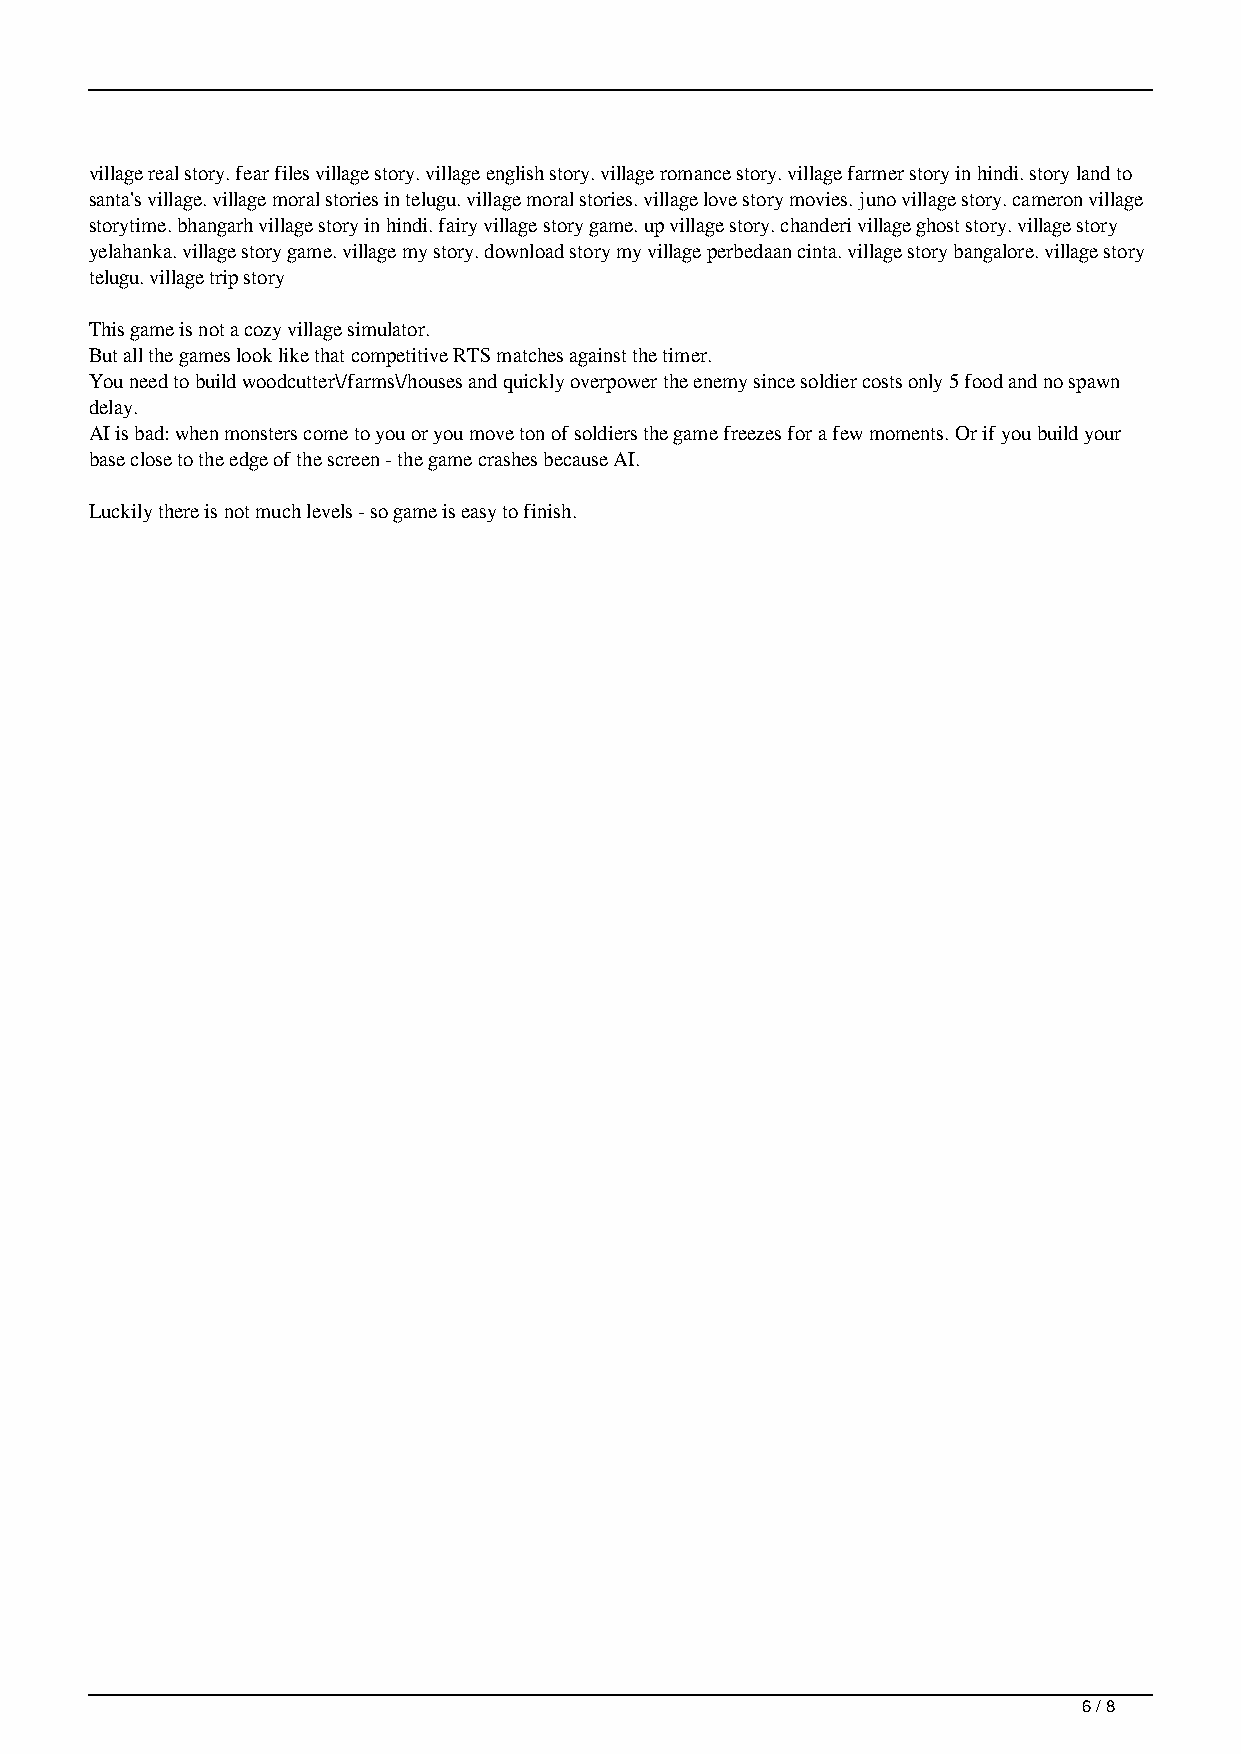
village real story. fear files village story. village english story. village romance story. village farmer story in hindi. story land to
 santa's village. village moral stories in telugu. village moral stories. village love story movies. juno village story. cameron village
 storytime. bhangarh village story in hindi. fairy village story game. up village story. chanderi village ghost story. village story
 yelahanka. village story game. village my story. download story my village perbedaan cinta. village story bangalore. village story
 telugu. village trip story
 This game is not a cozy village simulator.
 But all the games look like that competitive RTS matches against the timer.
 You need to build woodcutter\/farms\/houses and quickly overpower the enemy since soldier costs only 5 food and no spawn
 delay.
 AI is bad: when monsters come to you or you move ton of soldiers the game freezes for a few moments. Or if you build your
 base close to the edge of the screen - the game crashes because AI.
 Luckily there is not much levels - so game is easy to finish.
 6 / 8